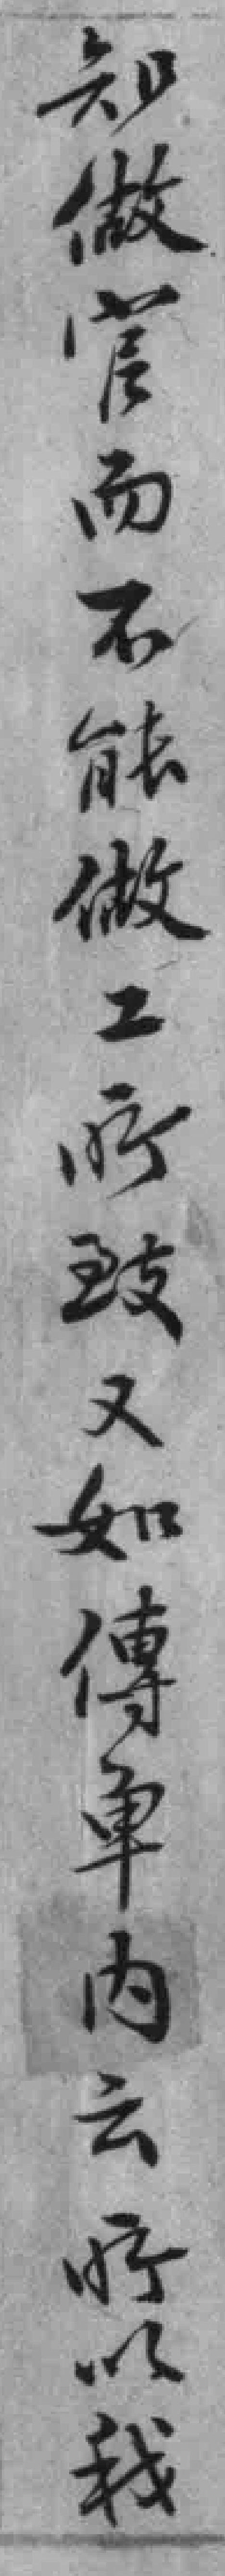
知做官而不能做工所致又如傳車内云所以我